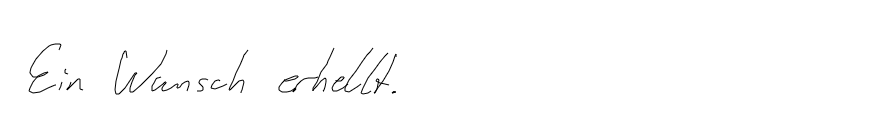
Ein Wunsch erhellt.